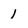
Character: 1